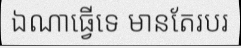
ឯណាធ្វើទេ មានតែរបរ